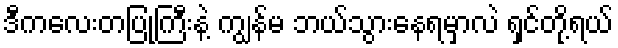
ဒီကလေးတပြုံကြီးနဲ့ ကျွန်မ ဘယ်သွားနေရမှာလဲ ရှင်တို့ရယ်